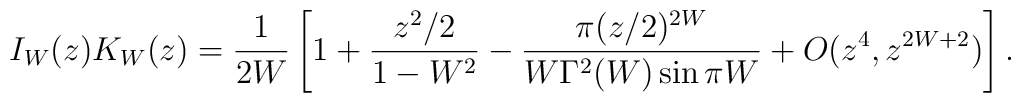
I_W(z) K_W(z) = \frac{1}{2W}  \left[  1 + \frac{z^2/2}{1-W^2}  - \frac{\pi(z/2)^{2W}}{W\Gamma^2(W) \sin \pi W}  + O(z^4, z^{2W+2})  \right].